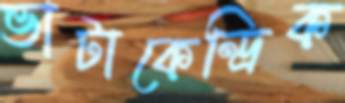
ভাটাকেন্দ্রিক